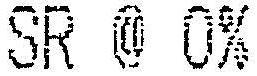
SR @ 0%